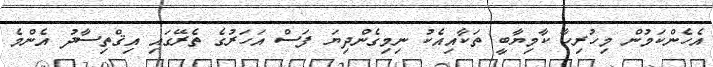
އެހެންކަމުން މިހުރިހާ ކާމިޔާބީ ތަކާއިއެކު ނިމިގެންދިޔަ ފަސް އަހަރުގެ ތެރޭގައި އިޤްތިސާދު އެންމެ